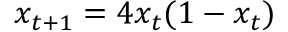
x _ { t + 1 } = 4 x _ { t } ( 1 - x _ { t } )